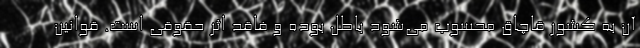
آن به کشور قاچاق محسوب می‌شود باطل بوده و فاقد اثر حقوقی است. قوانین